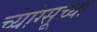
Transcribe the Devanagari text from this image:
च्यांग्सूच्या